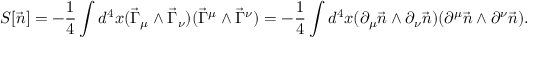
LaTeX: S [ \vec { n } ] = - \frac { 1 } { 4 } \int d ^ { 4 } x ( \vec { \Gamma } _ { \mu } \wedge \vec { \Gamma } _ { \nu } ) ( \vec { \Gamma } ^ { \mu } \wedge \vec { \Gamma } ^ { \nu } ) = - \frac { 1 } { 4 } \int d ^ { 4 } x ( \partial _ { \mu } \vec { n } \wedge \partial _ { \nu } \vec { n } ) ( \partial ^ { \mu } \vec { n } \wedge \partial ^ { \nu } \vec { n } ) .